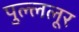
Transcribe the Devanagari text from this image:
पुल्ललूर